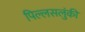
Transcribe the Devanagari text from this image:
पिल्लसलुंकी